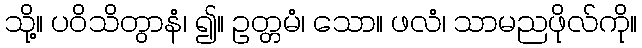
သို့။ ပဝိသိတွာနံ၊ ၍။ ဥတ္တမံ၊ သော။ ဖလံ၊ သာမညဖိုလ်ကို။